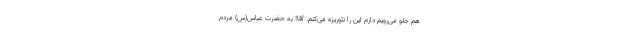
هم جلو می‌رویم دارم این را تئوریزه می‌کنم. آقا! به حضرت عباس(س) مردم